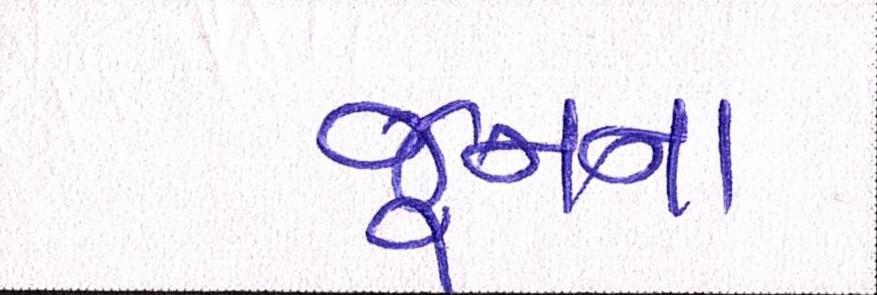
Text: જૂનના